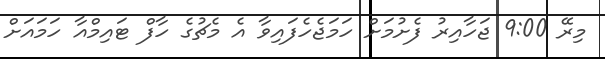
މިރޭ 9:00 ޖަހާއިރު ފެށުމަށް ހަމަޖެހެފައިވާ އެ މެޗުގެ ހާފް ޓައިމްއާ ހަމައަށް